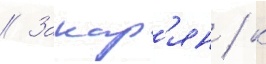
// Закар'ян / к